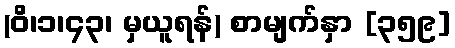
(ဝိ၊၁၊၄၃၊ မှယူရန်) စာမျက်နှာ [၃၅၉]